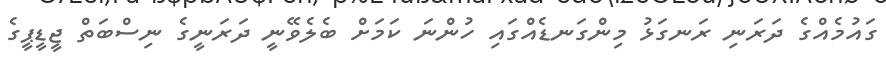
ގައުމެއްގެ ދަރަނި ރަނގަޅު މިންގަނޑެއްގައި ހުންނަ ކަމަށް ބެލެވޭނީ ދަރަނީގެ ނިސްބަތް ޖީޑީޕީގެ